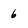
Character: 6